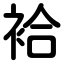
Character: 袷